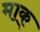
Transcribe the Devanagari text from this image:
माक्